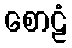
စောဠံ